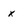
Character: x